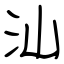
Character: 汕